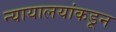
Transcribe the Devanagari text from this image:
न्यायालयांकडून